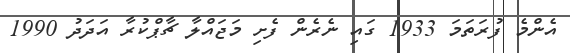
އެންމެ ފުރަތަމަ 1933 ގައި ނެރެން ފެށި މަޖައްލާ ޗާޕްކުރާ އަދަދު 1990